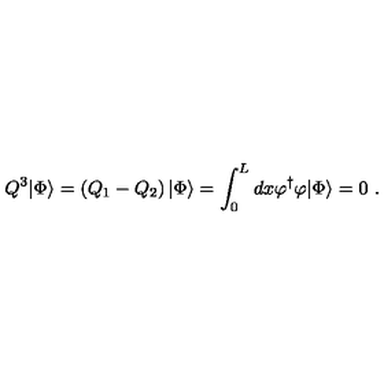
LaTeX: Q ^ { 3 } | \Phi \rangle = \left( Q _ { 1 } - Q _ { 2 } \right) | \Phi \rangle = \int _ { 0 } ^ { L } d x \varphi ^ { \dagger } \varphi | \Phi \rangle = 0 \ .